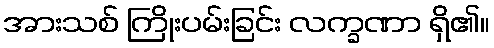
အားသစ် ကြိုးပမ်းခြင်း လက္ခဏာ ရှိ၏။